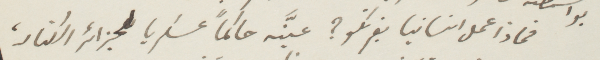
فماذا عمل انسانيا بفرنكو؟ عيّنه حاكمًا عسكريًا لجزائر الكنار،